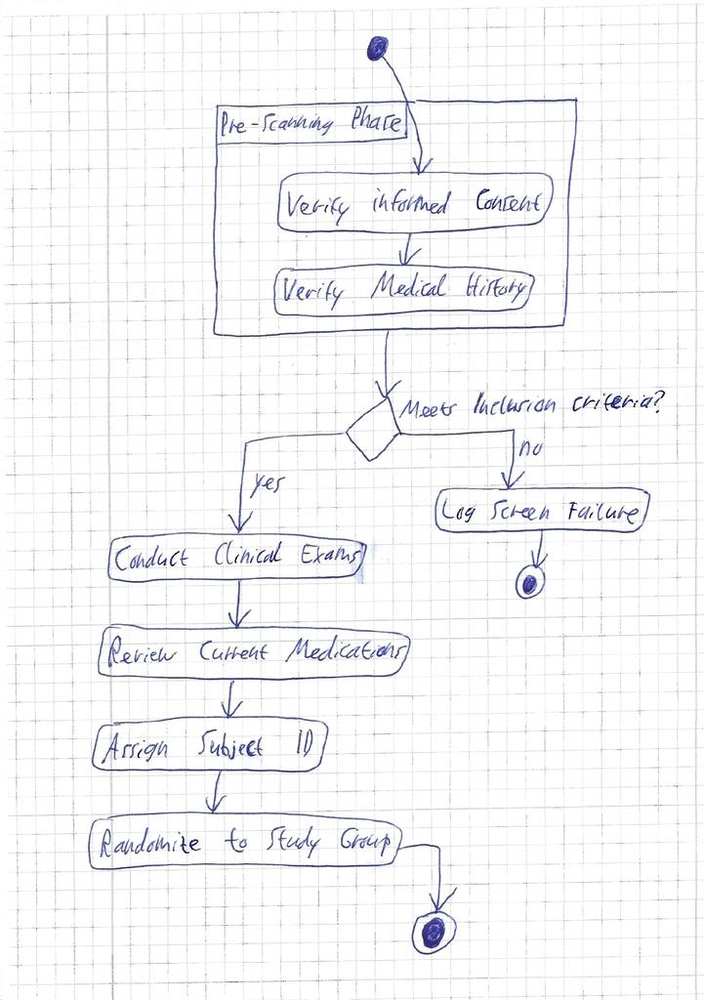
Diagram type: activity_diagram
```plantuml
@startuml

start

group Pre-Scanning Phase {
  :Verify Informed Consent;
  :Verify Medical History;
}

if (Meets Inclusion Criteria?) then (yes)
  :Conduct Clinical Exams;
  :Review Current Medications;
  :Assign Subject ID;
  :Randomize to Study Group;
else (no)
  :Log Screen Failure;
  stop
endif

stop
@enduml
```